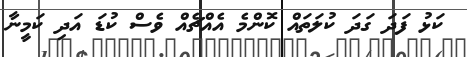
ކަޅު ފަދަ ގަދަ ކުލަތައް ކޮންމެ އެއްޗެއް ވެސް ކުޑަ އަދި ކަމީނާ